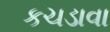
કચડાવા